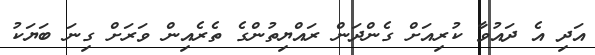
އަދި އެ ދައުވާ ކުރިއަށް ގެންދަން ރައްޔިތުންގެ ތެރެއިން ވަރަށް ގިނަ ބަޔަކު